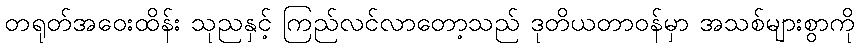
တရုတ်အဝေးထိန်း သုညနှင့် ကြည်လင်လာတော့သည် ဒုတိယတာဝန်မှာ အသစ်များစွာကို